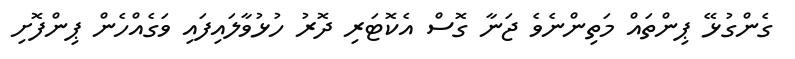
ގެންގުޅޭ ޕިންތައް މަތިންނެވެ ޖަނާ ގޮސް އެކޮޓަރި ދޮރު ހުޅުވާލައިފައި ވަގެއްހެން ޕިންފޮށި